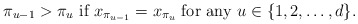
\begin{align*}\pi_{u-1}>\pi_u\mbox{ if }x_{\pi_{u-1}} = x_{\pi_u}\mbox{ for any }u \in \{1,2,\dots,d\}.\end{align*}